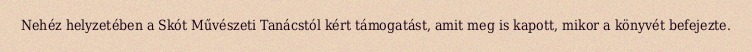
Nehéz helyzetében a Skót Művészeti Tanácstól kért támogatást, amit meg is kapott, mikor a könyvét befejezte.